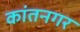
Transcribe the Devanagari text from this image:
कांतनगर